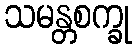
သမန္တစက္ခု